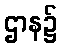
ဌာန၌